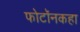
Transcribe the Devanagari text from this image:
फोटॉनकहा